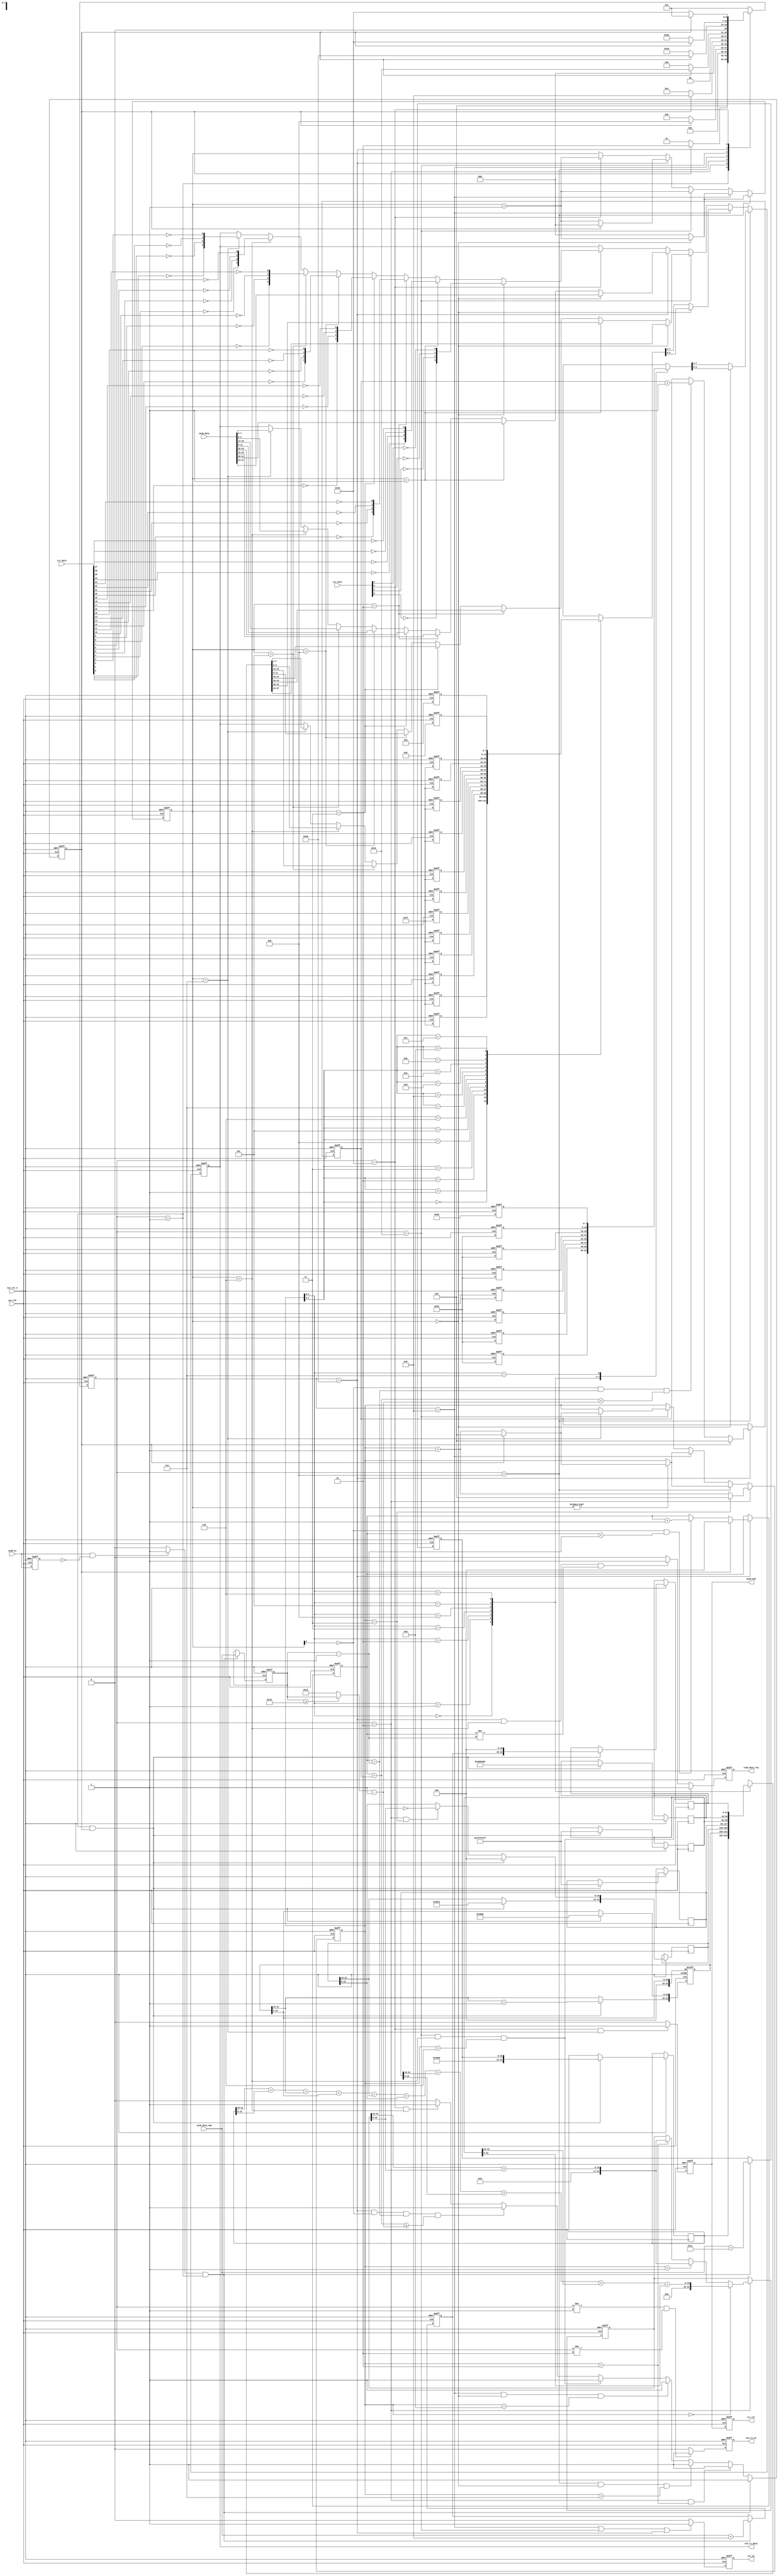
`timescale  1ns/1ns
////////////////////////////////////////////////////////////////////////
// Module Name   : ip_send
// Project Name  : eth_udp_rmii
// Target Devices: Altera EP4CE10F17C8N
// Tool Versions : Quartus 13.0
// Description   : UDP
// 
// Revision      : V1.0
// Additional Comments:
// 
// : _Pro_FPGA
//     : http://www.embedfire.com
//     : http://www.firebbs.cn
//     : https://fire-stm32.taobao.com
////////////////////////////////////////////////////////////////////////

module ip_send
#(
    parameter   BOARD_MAC   = 48'hFF_FF_FF_FF_FF_FF ,   //MAC
    parameter   BOARD_IP    = 32'hFF_FF_FF_FF       ,   //IP
    parameter   BOARD_PORT  = 16'd1234              ,   //
    parameter   PC_MAC      = 48'hFF_FF_FF_FF_FF_FF ,   //PCMAC
    parameter   PC_IP       = 32'hFF_FF_FF_FF       ,   //PCIP
    parameter   PC_PORT     = 16'd1234                  //PC
)
(
    input   wire            sys_clk         ,   //
    input   wire            sys_rst_n       ,   //,
    input   wire            send_en         ,   //
    input   wire    [31:0]  send_data       ,   //
    input   wire    [15:0]  send_data_num   ,   //
    input   wire    [31:0]  crc_data        ,   //CRC
    input   wire    [3:0]   crc_next        ,   //CRC

    output  reg             send_end        ,   //
    output  reg             read_data_req   ,   //FIFO
    output  reg             eth_tx_en       ,   //
    output  reg     [3:0]   eth_tx_data     ,   //
    output  reg             crc_en          ,   //CRC
    output  reg             crc_clr             //CRC
);

//********************************************************************//
//****************** Parameter and Internal Signal *******************//
//********************************************************************//
//parameter define
localparam  IDLE        =   7'b000_0001 ,    //
            CHECK_SUM   =   7'b000_0010 ,    //IP
            PACKET_HEAD =   7'b000_0100 ,    //
            ETH_HEAD    =   7'b000_1000 ,    //
            IP_UDP_HEAD =   7'b001_0000 ,    //IPUDP
            SEND_DATA   =   7'b010_0000 ,    //
            CRC         =   7'b100_0000 ;    //CRC

localparam  ETH_TYPE    =   16'h0800    ;    // IP

//wire define
wire            rise_send_en    ;   //
wire   [15:0]   send_data_len   ;   //

//reg define
reg             send_en_dly     ;   //
reg     [7:0]   packet_head[7:0];   //
reg     [7:0]   eth_head[13:0]  ;   //
reg     [31:0]  ip_udp_head[6:0];   //IP + UDP
reg     [31:0]  check_sum       ;   //IPcheck_sum
reg     [15:0]  data_len        ;   //
reg     [15:0]  ip_len          ;   //IP
reg     [15:0]  udp_len         ;   //UDP
reg     [6:0]   state           ;   //
reg             sw_en           ;   //
reg     [4:0]   cnt             ;   //
reg     [2:0]   cnt_send_bit    ;   //
reg     [15:0]  data_cnt        ;   //
reg     [4:0]   cnt_add         ;   //18,

//****************************************************************//
//*************************** Main Code **************************//
//****************************************************************//

//send_en_dly:
always @(posedge sys_clk or negedge sys_rst_n)
    if(sys_rst_n == 1'b0)
        send_en_dly <= 1'b0;
    else
        send_en_dly <= send_en;

//rise_send_en:
assign  rise_send_en = ((send_en == 1'b1) && (send_en_dly == 1'b0))
                        ? 1'b1 : 1'b0;

//packet_head:,78'h55 + 18'hd5
always @(posedge sys_clk or negedge sys_rst_n)
    if(sys_rst_n == 1'b0)
        begin
            packet_head[0]  <=  8'h00;
            packet_head[1]  <=  8'h00;
            packet_head[2]  <=  8'h00;
            packet_head[3]  <=  8'h00;
            packet_head[4]  <=  8'h00;
            packet_head[5]  <=  8'h00;
            packet_head[6]  <=  8'h00;
            packet_head[7]  <=  8'h00;
        end
    else
        begin
            packet_head[0]  <=  8'h55;
            packet_head[1]  <=  8'h55;
            packet_head[2]  <=  8'h55;
            packet_head[3]  <=  8'h55;
            packet_head[4]  <=  8'h55;
            packet_head[5]  <=  8'h55;
            packet_head[6]  <=  8'h55;
            packet_head[7]  <=  8'hd5;
        end

//eth_head:
always @(posedge sys_clk or negedge sys_rst_n)
    if(sys_rst_n == 1'b0)
        begin
            eth_head[0]     <=  8'h00;
            eth_head[1]     <=  8'h00;
            eth_head[2]     <=  8'h00;
            eth_head[3]     <=  8'h00;
            eth_head[4]     <=  8'h00;
            eth_head[5]     <=  8'h00;
            eth_head[6]     <=  8'h00;
            eth_head[7]     <=  8'h00;
            eth_head[8]     <=  8'h00;
            eth_head[9]     <=  8'h00;
            eth_head[10]    <=  8'h00;
            eth_head[11]    <=  8'h00;
            eth_head[12]    <=  8'h00;
            eth_head[13]    <=  8'h00;
        end
    else
        begin
            eth_head[0]     <=  PC_MAC[47:40]   ;
            eth_head[1]     <=  PC_MAC[39:32]   ;
            eth_head[2]     <=  PC_MAC[31:24]   ;
            eth_head[3]     <=  PC_MAC[23:16]   ;
            eth_head[4]     <=  PC_MAC[15:8]    ;
            eth_head[5]     <=  PC_MAC[7:0]     ;
            eth_head[6]     <=  BOARD_MAC[47:40];
            eth_head[7]     <=  BOARD_MAC[39:32];
            eth_head[8]     <=  BOARD_MAC[31:24];
            eth_head[9]     <=  BOARD_MAC[23:16];
            eth_head[10]    <=  BOARD_MAC[15:8] ;
            eth_head[11]    <=  BOARD_MAC[7:0]  ;
            eth_head[12]    <=  ETH_TYPE[15:8]  ;
            eth_head[13]    <=  ETH_TYPE[7:0]   ;
        end

//ip_udp_head:IP + UDP
always @(posedge sys_clk or negedge sys_rst_n)
    if(sys_rst_n == 1'b0)
        ip_udp_head[1][31:16]   <=  16'd0;
    else    if((state == IDLE) && (sw_en == 1'b1))
        begin
            ip_udp_head[0]  <= {8'h45,8'h00,ip_len};
            ip_udp_head[1][31:16] <= ip_udp_head[1][31:16] + 1'b1;
            ip_udp_head[1][15:0] <= 16'h4000;
            ip_udp_head[2] <= {8'h40,8'd17,16'h0};
            ip_udp_head[3] <= BOARD_IP;
            ip_udp_head[4] <= PC_IP;
            ip_udp_head[5] <= {BOARD_PORT,PC_PORT};
            ip_udp_head[6] <= {udp_len,16'h0000};
        end
    else    if((state == CHECK_SUM) && (cnt == 5'd3))
        ip_udp_head[2][15:0] <= ~check_sum[15:0];

//check_sum:IPcheck_sum
always @(posedge sys_clk or negedge sys_rst_n)
    if(sys_rst_n == 1'b0)
        check_sum    <=  32'd0;
    else    if(state == CHECK_SUM)
        if(cnt == 5'd0)
            check_sum   <=  ip_udp_head[0][31:16] + ip_udp_head[0][15:0]
                        + ip_udp_head[1][31:16] + ip_udp_head[1][15:0]
                        + ip_udp_head[2][31:16] + ip_udp_head[2][15:0]
                        + ip_udp_head[3][31:16] + ip_udp_head[3][15:0]
                        + ip_udp_head[4][31:16] + ip_udp_head[4][15:0];
        else    if(cnt == 5'd1)
            check_sum   <=  check_sum[31:16] + check_sum[15:0];
        else    if(cnt == 5'd2)
            check_sum   <=  check_sum[31:16] + check_sum[15:0];
        else
            check_sum   <=  check_sum;
    else
        check_sum   <=  check_sum;

//data_len:
//ip_len:IP
//udp_len:UDP
always @(posedge sys_clk or negedge sys_rst_n)
    if(sys_rst_n == 1'b0)
        begin
            data_len    <=  16'd0;
            ip_len      <=  16'd0;
            udp_len     <=  16'd0;
        end
    else    if((rise_send_en == 1'b1) && (state == IDLE))
        begin
            data_len    <=  send_data_num;
            ip_len      <=  send_data_num + 16'd28;
            udp_len     <=  send_data_num + 16'd8;
        end

//send_data_len:
//46,20IP8UDP
//18
assign  send_data_len = (data_len >= 16'd18) ? data_len : 16'd18;

//state:
always @(posedge sys_clk or negedge sys_rst_n)
    if(sys_rst_n == 1'b0)
        state   <=  IDLE;
    else    case(state)
        IDLE:
            if(sw_en == 1'b1)
                state   <=  CHECK_SUM;
            else
                state   <=  IDLE;
        CHECK_SUM:
            if(sw_en == 1'b1)
                state   <=  PACKET_HEAD;
            else
                state   <=  CHECK_SUM;
        PACKET_HEAD:
            if(sw_en == 1'b1)
                state   <=  ETH_HEAD;
            else
                state   <=  PACKET_HEAD;
        ETH_HEAD:
            if(sw_en == 1'b1)
                state   <=  IP_UDP_HEAD;
            else
                state   <=  ETH_HEAD;
        IP_UDP_HEAD:
            if(sw_en == 1'b1)
                state   <=  SEND_DATA;
            else
                state   <=  IP_UDP_HEAD;
        SEND_DATA:
            if(sw_en == 1'b1)
                state   <=  CRC;
            else
                state   <=  SEND_DATA;
        CRC:
            if(sw_en == 1'b1)
                state   <=  IDLE;
            else
                state   <=  CRC;
        default:state   <=  IDLE;
    endcase

//sw_en:
always @(posedge sys_clk or negedge sys_rst_n)
    if(sys_rst_n == 1'b0)
        sw_en <=  1'b0;
    else    if((state == IDLE) && (rise_send_en == 1'b1))
        sw_en <=  1'b1;
    else    if((state == CHECK_SUM) && (cnt == 5'd2))
        sw_en <=  1'b1;
    else    if((state == PACKET_HEAD) && (cnt_send_bit == 3'd0)
                && (cnt == 5'd7))
        sw_en <=  1'b1;
    else    if((state == ETH_HEAD) && (cnt_send_bit == 3'd0)
                && (cnt == 5'd13))
        sw_en <=  1'b1;
    else    if((state == IP_UDP_HEAD) && (cnt_send_bit == 3'd6)
                && (cnt == 5'd6))
        sw_en <=  1'b1;
    else    if((state == SEND_DATA) && (cnt_send_bit[0] == 1'd0)
                && (data_cnt == data_len - 16'd1)
                && (data_cnt + cnt_add >= (send_data_len - 16'd1)))
        sw_en <=  1'b1;
    else    if((state == CRC) && (cnt_send_bit == 3'd6))
        sw_en <=  1'b1;
    else
        sw_en <=  1'b0;

//cnt:,,
always @(posedge sys_clk or negedge sys_rst_n)
    if(sys_rst_n == 1'b0)
        cnt <=  5'd0;
    else    if(state == CHECK_SUM)
        if(cnt == 5'd3)
            cnt <=  5'd0;
        else
            cnt <=  cnt + 5'd1;
    else    if(state == PACKET_HEAD)
        if(cnt_send_bit != 3'd0)
            if(sw_en == 1'b1)
                cnt <=  5'd0;
            else
                cnt <=  cnt + 5'd1;
        else
            cnt <=  cnt;
    else    if(state == ETH_HEAD)
        if(cnt_send_bit != 3'd0)
            if(sw_en == 1'b1)
                cnt <=  5'd0;
            else
                cnt <=  cnt + 5'd1;
        else
            cnt <=  cnt;
    else    if(state == IP_UDP_HEAD)
        if(cnt_send_bit == 3'd7)
            if(sw_en == 1'b1)
                cnt <=  5'd0;
            else
                cnt <=  cnt + 5'd1;
        else
            cnt <=  cnt;
    else
        cnt <=  cnt;

//cnt_send_bit:bit
always @(posedge sys_clk or negedge sys_rst_n)
    if(sys_rst_n == 1'b0)
        cnt_send_bit    <=  3'd0;
    else    if(state == PACKET_HEAD)
        if(cnt_send_bit == 3'd0)
            cnt_send_bit    <=  cnt_send_bit + 3'd1;
        else
            cnt_send_bit  <=  3'd0;
    else    if(state == ETH_HEAD)
        if(cnt_send_bit == 3'd0)
            cnt_send_bit    <=  cnt_send_bit + 3'd1;
        else
            cnt_send_bit    <=  3'd0;
    else    if(state == IP_UDP_HEAD)
        cnt_send_bit    <=  cnt_send_bit + 3'd1;
    else    if(state == SEND_DATA)
        if(sw_en == 1'b1)
            cnt_send_bit    <=  3'd0;
        else
            cnt_send_bit    <=  cnt_send_bit + 3'd1;
    else    if(state == CRC)
        cnt_send_bit    <=  cnt_send_bit + 3'd1;
    else
        cnt_send_bit    <=  cnt_send_bit;

//read_data_req:FIFO
always @(posedge sys_clk or negedge sys_rst_n)
    if(sys_rst_n == 1'b0)
        read_data_req  <=  1'b0;
    else    if((state == IP_UDP_HEAD) && (cnt_send_bit == 3'd6)
            && (cnt == 5'd6))
        read_data_req  <=  1'b1;
    else    if((state == SEND_DATA) && (cnt_send_bit == 3'd6)
            && (data_cnt != data_len - 16'd1))
        read_data_req  <=  1'b1;
    else
        read_data_req  <=  1'b0;

//eth_tx_en:
always @(posedge sys_clk or negedge sys_rst_n)
    if(sys_rst_n == 1'b0)
        eth_tx_en   <=  1'b0;
    else    if((state != IDLE) && (state != CHECK_SUM))
        eth_tx_en   <=  1'b1;
    else
        eth_tx_en   <=  1'b0;

//eth_tx_data:
always @(posedge sys_clk or negedge sys_rst_n)
    if(sys_rst_n == 1'b0)
        eth_tx_data <=  4'b0;
    else    if(state == PACKET_HEAD)
        if(cnt_send_bit == 3'd0)
            eth_tx_data <=  packet_head[cnt][3:0];
        else
            eth_tx_data <=  packet_head[cnt][7:4];
    else    if(state == ETH_HEAD)
        if(cnt_send_bit == 3'd0)
            eth_tx_data <=  eth_head[cnt][3:0];
        else
            eth_tx_data <=  eth_head[cnt][7:4];
    else    if(state == IP_UDP_HEAD)
        if(cnt_send_bit == 3'd0)
            eth_tx_data <=  ip_udp_head[cnt][27:24];
        else    if(cnt_send_bit == 3'd1)
            eth_tx_data <=  ip_udp_head[cnt][31:28];
        else    if(cnt_send_bit == 3'd2)
            eth_tx_data <=  ip_udp_head[cnt][19:16];
        else    if(cnt_send_bit == 3'd3)
            eth_tx_data <=  ip_udp_head[cnt][23:20];
        else    if(cnt_send_bit == 3'd4)
            eth_tx_data <=  ip_udp_head[cnt][11:8];
        else    if(cnt_send_bit == 3'd5)
            eth_tx_data <=  ip_udp_head[cnt][15:12];
        else    if(cnt_send_bit == 3'd6)
            eth_tx_data <=  ip_udp_head[cnt][3:0];
        else    if(cnt_send_bit == 3'd7)
            eth_tx_data <=  ip_udp_head[cnt][7:4];
        else
            eth_tx_data <=  eth_tx_data;
    else    if(state == SEND_DATA)
        if(cnt_send_bit == 3'd0)
            eth_tx_data <=  send_data[27:24];
        else    if(cnt_send_bit == 3'd1)
            eth_tx_data <=  send_data[31:28];
        else    if(cnt_send_bit == 3'd2)
            eth_tx_data <=  send_data[19:16];
        else    if(cnt_send_bit == 3'd3)
            eth_tx_data <=  send_data[23:20];
        else    if(cnt_send_bit == 3'd4)
            eth_tx_data <=  send_data[11:8];
        else    if(cnt_send_bit == 3'd5)
            eth_tx_data <=  send_data[15:12];
        else    if(cnt_send_bit == 3'd6)
            eth_tx_data <=  send_data[3:0];
        else    if(cnt_send_bit == 3'd7)
            eth_tx_data <=  send_data[7:4];
        else
            eth_tx_data <=  eth_tx_data;
    else    if(state == CRC)
        if(cnt_send_bit == 3'd0)
            eth_tx_data <=  {~crc_next[0], ~crc_next[1], ~crc_next[2], ~crc_next[3]};
        else    if(cnt_send_bit == 3'd1)
            eth_tx_data <=  {~crc_data[24],~crc_data[25],~crc_data[26],~crc_data[27]};
        else    if(cnt_send_bit == 3'd2)
            eth_tx_data <=  {~crc_data[20],~crc_data[21],~crc_data[22],~crc_data[23]};
        else    if(cnt_send_bit == 3'd3)
            eth_tx_data <=  {~crc_data[16],~crc_data[17],~crc_data[18],~crc_data[19]};
        else    if(cnt_send_bit == 3'd4)
            eth_tx_data <=  {~crc_data[12],~crc_data[13],~crc_data[14],~crc_data[15]};
        else    if(cnt_send_bit == 3'd5)
            eth_tx_data <=  {~crc_data[8],~crc_data[9],~crc_data[10],~crc_data[11]};
        else    if(cnt_send_bit == 3'd6)
            eth_tx_data <=  {~crc_data[4],~crc_data[5],~crc_data[6],~crc_data[7]};
        else    if(cnt_send_bit == 3'd7)
            eth_tx_data <=  {~crc_data[0],~crc_data[1],~crc_data[2],~crc_data[3]};
        else
            eth_tx_data <=  eth_tx_data;
    else
        eth_tx_data <=  eth_tx_data;

//crc_en:CRC
always @(posedge sys_clk or negedge sys_rst_n)
    if(sys_rst_n == 1'b0)
        crc_en  <=  1'b0;
    else    if((state == ETH_HEAD) || (state == IP_UDP_HEAD) || (state == SEND_DATA))
        crc_en  <=  1'b1;
    else
        crc_en  <=  1'b0;

//data_cnt:
always @(posedge sys_clk or negedge sys_rst_n)
    if(sys_rst_n == 1'b0)
        data_cnt    <=  16'b0;
    else    if(state == SEND_DATA)
        if(sw_en == 1'b1)
            data_cnt    <=  16'd0;
        else    if((cnt_send_bit[0] == 1'b0) && (data_cnt < data_len - 16'd1))
            data_cnt <= data_cnt + 16'd1;
    else
        data_cnt    <=  data_cnt;

//cnt_add:18,
always @(posedge sys_clk or negedge sys_rst_n)
    if(sys_rst_n == 1'b0)
        cnt_add <=  5'b0;
    else    if(state == SEND_DATA)
        if(sw_en == 1'b1)
            cnt_add <=  5'd0;
        else    if((cnt_send_bit[0] == 1'b0) && (data_cnt == data_len - 16'd1)
                && (data_cnt + cnt_add < send_data_len - 16'd1))
            cnt_add <= cnt_add + 5'd1;
        else
            cnt_add <=  cnt_add;
    else
        cnt_add <=  cnt_add;

//send_end:
always @(posedge sys_clk or negedge sys_rst_n)
    if(sys_rst_n == 1'b0)
        send_end    <=  1'b0;
    else    if((state == CRC) && (cnt_send_bit == 3'd7))
        send_end    <=  1'b1;
    else
        send_end    <=  1'b0;

//crc_clr:crc
always @(posedge sys_clk or negedge sys_rst_n)
    if(sys_rst_n == 1'b0)
        crc_clr <= 1'b0;
    else
        crc_clr <= send_end;

endmodule